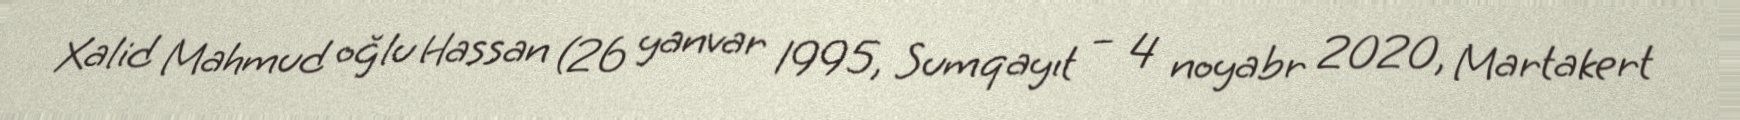
Xalid Mahmud oğlu Hassan (26 yanvar 1995, Sumqayıt – 4 noyabr 2020, Martakert